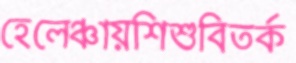
হেলেঞ্চায়শিশুবিতর্ক